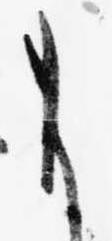
よ